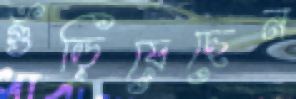
গুঁড়িয়েছেন